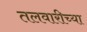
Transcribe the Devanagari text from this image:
तलवारीच्‍या